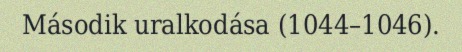
Második uralkodása (1044–1046).